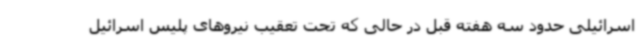
اسرائیلی حدود سه هفته قبل در حالی که تحت تعقیب نیروهای پلیس اسرائیل